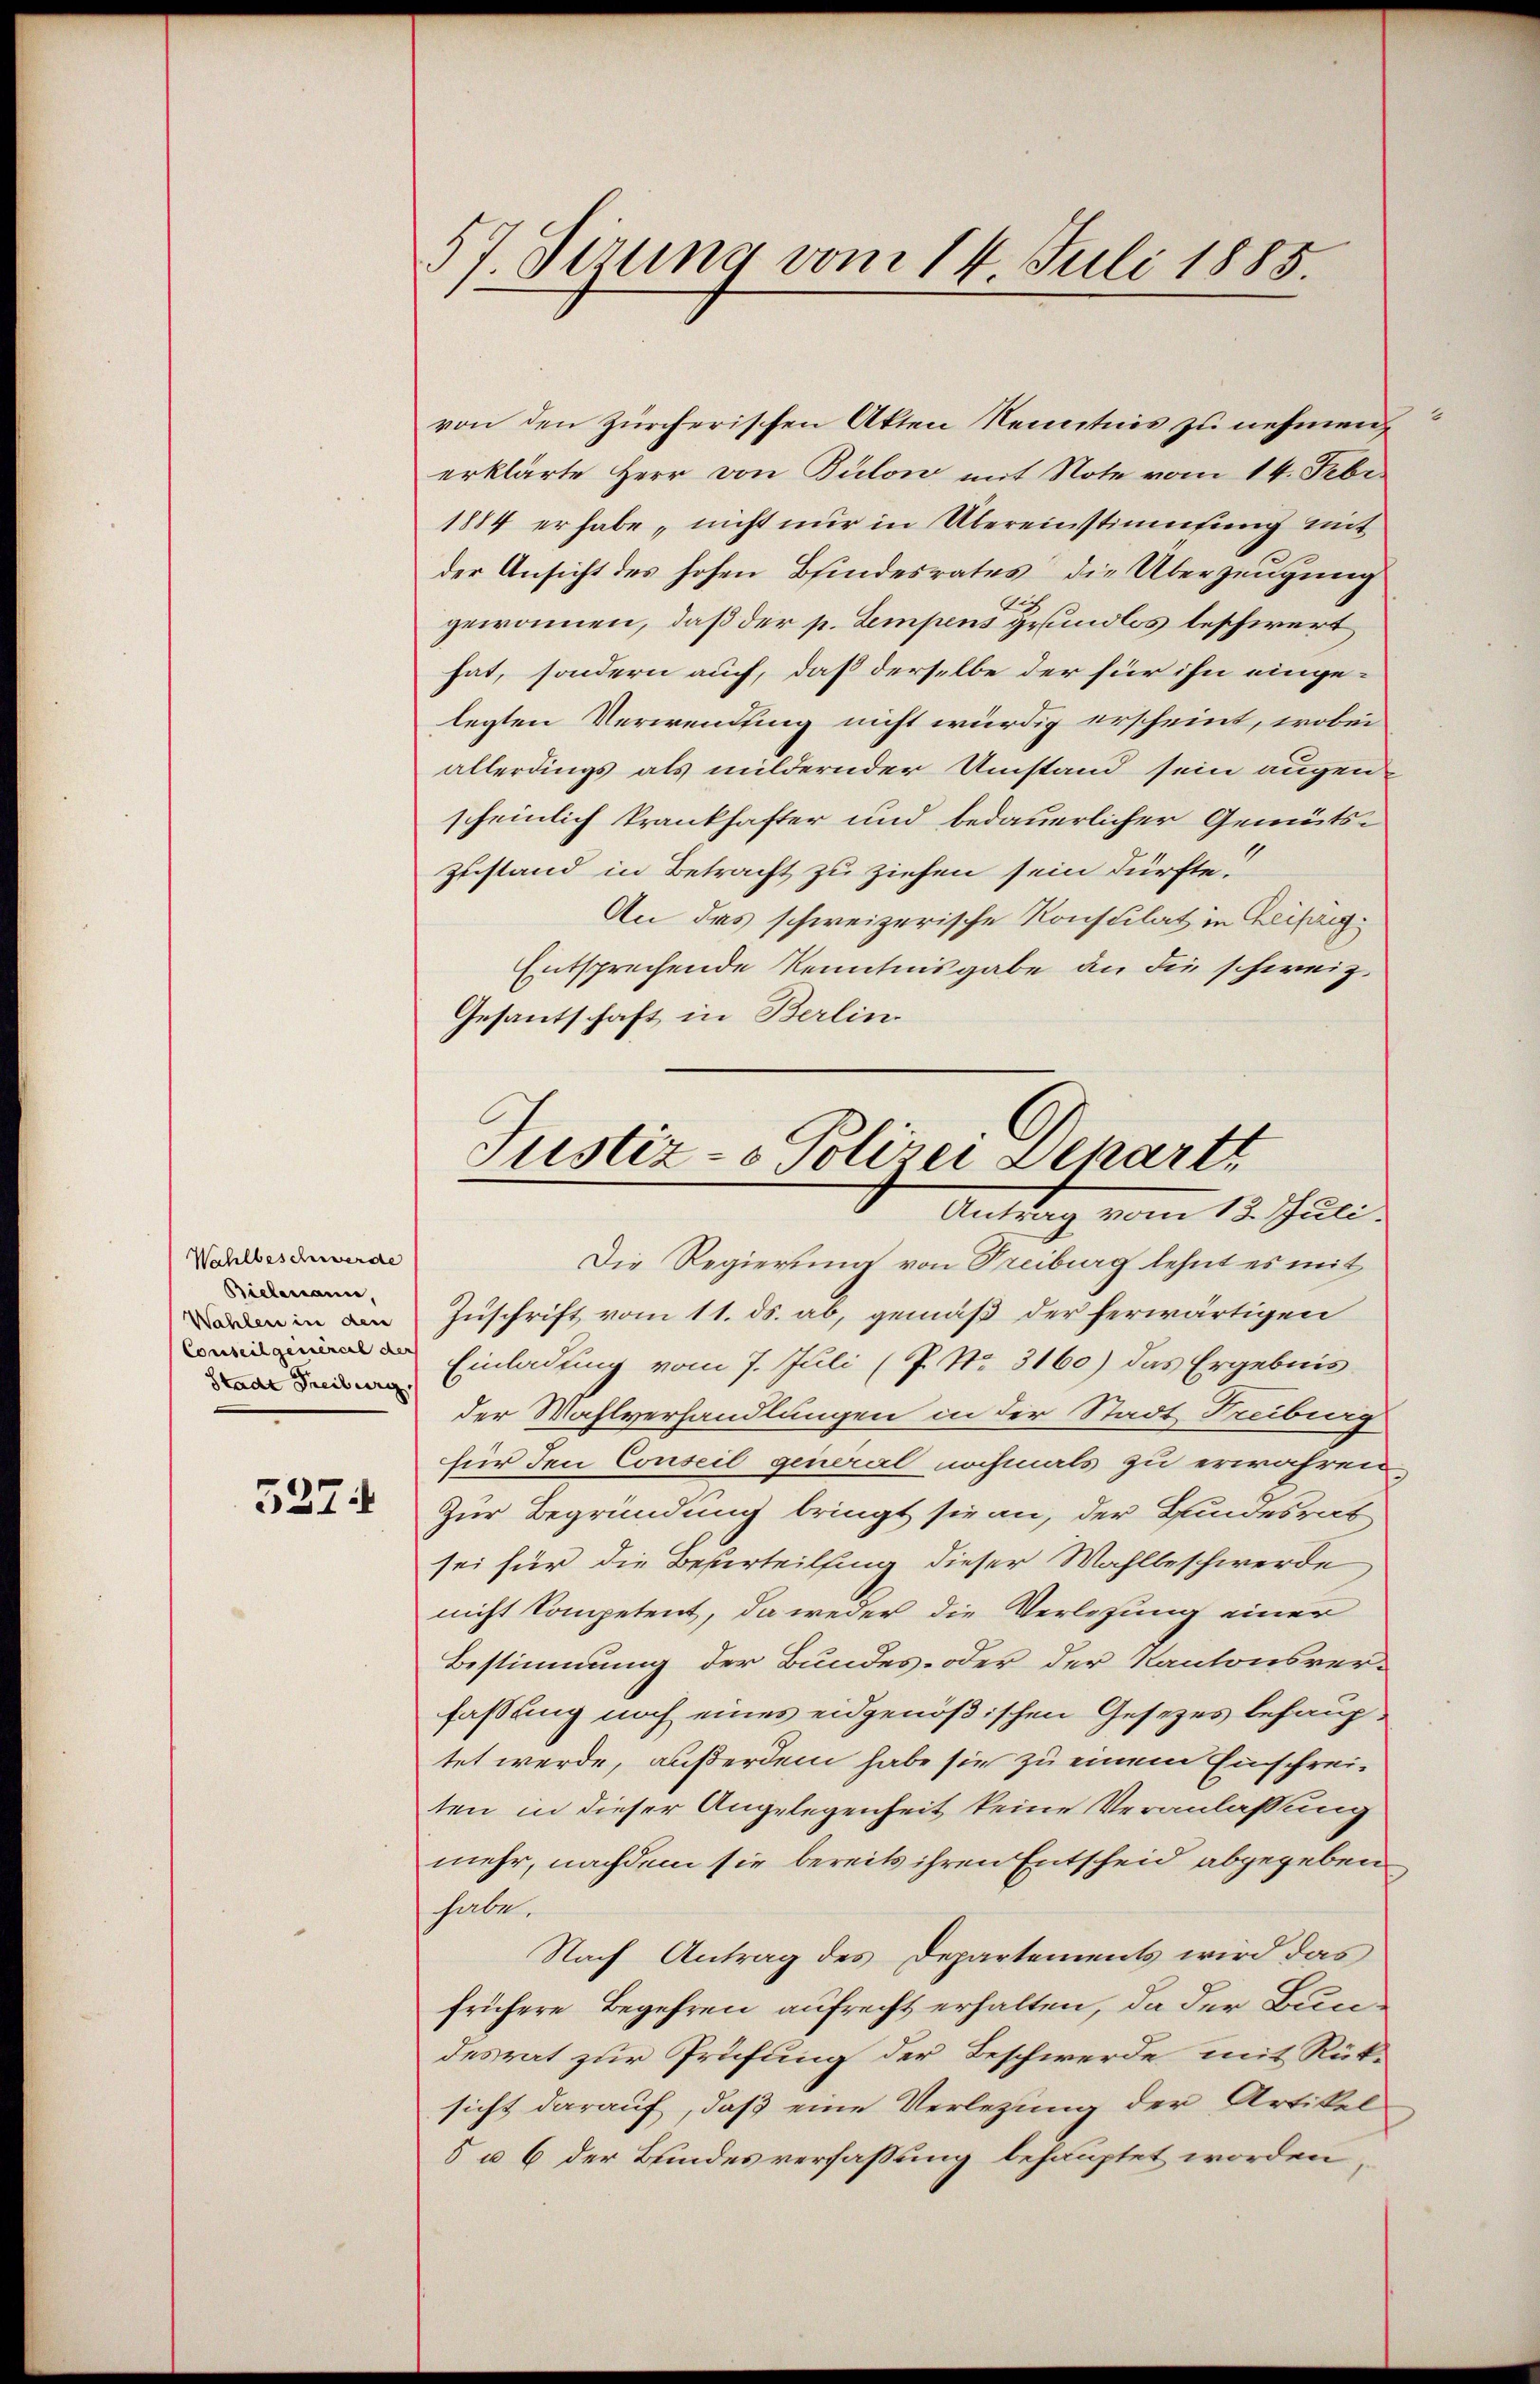
Wahlbeschwerde
Bielenann,
Wahlen in den
Conseilgemerch der
Stadt Freiburg,

527.

57. Sirung vom 14. Juli 1885

von den zürcherischen Akten Kenntnis zu nehmen,
erklärte Herr von Bulow mit Note vom 14. Febr.
1884 er habe, nicht nur in Übereinstimmung mit
der Ansicht des hohen Bindesrates die Überzeugung
gewonnen, daß der p. Lempens grundlos beschwert
hat, sondern auch, daß derselbe der für ihn einge-
legten Verwendung nicht würdig erscheint, wobei
allerdings als mildernder Umstand sein augen-
scheinlich krankhafter und bedauerlicher Gemüts-
zustand in Betracht zu ziehen sein dürfte.
An das schweizerische Konstilat in Geisig¬
Entsprechende Kenntnisgabe an die schweiz.
Gesantschaft in Berlin

Justiz- & Polizei Departe
Antrag vom 13. Juli.

Die Regierung von Treiburg lehnt es mit
Zuschrift vom 11. ds. ab, gemäß der herwärtigen
Einladung vom 7. Juli (P. Nr. 3160) das Ergebnisder Wahlverhandlungen in der Stadt Freiburg
für den Conseil general nochmals zu erwahren
Zur Begründung bringt sie an, der Bundesrat
sei für die Besurteilsing dieser Wahlbeschwerde
nicht kompetent, da weder die Verlesung einer
Bestimmung der Bundes- oder der Kantonsver-
fassung noch eines eidgenößischen Gesetzes behauptet werde, außerdem habe sie zu einem Einschrei-
ten in dieser Angelegenheit keine Veranlassung
mehr, nachdem sie bereits ihren Entscheid abgegeben
habe.
Nach Antrag des Departements wird das
frühere Begehren aufrecht erhalten, da der Bundesrat zur Prüfung der Beschwerde mit Rüksicht darauf, daß eine Verlegung der Artikel
8 u 6 der Bundesverfassung behauptet worden,